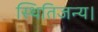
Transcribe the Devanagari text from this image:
स्थितिजन्य।